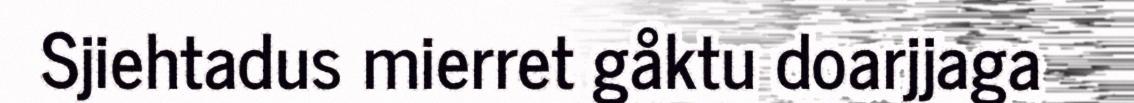
Sjiehtadus mierret gåktu doarjjaga